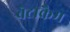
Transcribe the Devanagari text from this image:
बेटाकैम